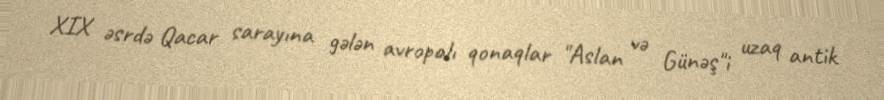
XIX əsrdə Qacar sarayına gələn avropalı qonaqlar "Aslan və Günəş"i uzaq antik